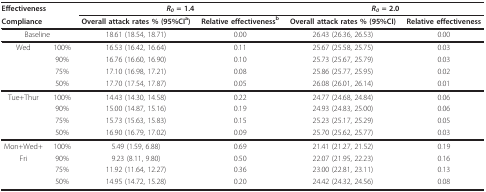
<table><thead><tr><td colspan="2"><b>Effectiveness</b></td><td colspan="2"><b><i>R</i><sub><i>0 </i></sub>= 1.4</b></td><td colspan="2"><b><i>R</i><sub><i>0 </i></sub>= 2.0</b></td></tr><tr><td colspan="2"><b>Compliance</b></td><td><b>Overall attack rates % (95%CI<sup>a</sup>)</b></td><td><b>Relative effectiveness<sup>b</sup></b></td><td><b>Overall attack rates % (95%CI)</b></td><td><b>Relative effectiveness</b></td></tr></thead><tbody><tr><td colspan="2">Baseline</td><td>18.61 (18.54, 18.71)</td><td>0.00</td><td>26.43 (26.36, 26.53)</td><td>0.00</td></tr><tr><td>Wed</td><td>100%</td><td>16.53 (16.42, 16.64)</td><td>0.11</td><td>25.67 (25.58, 25.75)</td><td>0.03</td></tr><tr><td></td><td>90%</td><td>16.76 (16.60, 16.90)</td><td>0.10</td><td>25.73 (25.67, 25.79)</td><td>0.03</td></tr><tr><td></td><td>75%</td><td>17.10 (16.98, 17.21)</td><td>0.08</td><td>25.86 (25.77, 25.95)</td><td>0.02</td></tr><tr><td></td><td>50%</td><td>17.70 (17.54, 17.87)</td><td>0.05</td><td>26.08 (26.01, 26.14)</td><td>0.01</td></tr><tr><td>Tue+Thur</td><td>100%</td><td>14.43 (14.30, 14.58)</td><td>0.22</td><td>24.77 (24.68, 24.84)</td><td>0.06</td></tr><tr><td></td><td>90%</td><td>15.00 (14.87, 15.16)</td><td>0.19</td><td>24.93 (24.83, 25.00)</td><td>0.06</td></tr><tr><td></td><td>75%</td><td>15.73 (15.63, 15.83)</td><td>0.15</td><td>25.23 (25.17, 25.29)</td><td>0.05</td></tr><tr><td></td><td>50%</td><td>16.90 (16.79, 17.02)</td><td>0.09</td><td>25.70 (25.62, 25.77)</td><td>0.03</td></tr><tr><td>Mon+Wed+</td><td>100%</td><td>5.49 (1.59, 6.88)</td><td>0.69</td><td>21.41 (21.27, 21.52)</td><td>0.19</td></tr><tr><td>Fri</td><td>90%</td><td>9.23 (8.11, 9.80)</td><td>0.50</td><td>22.07 (21.95, 22.23)</td><td>0.16</td></tr><tr><td></td><td>75%</td><td>11.92 (11.64, 12.27)</td><td>0.36</td><td>23.00 (22.81, 23.11)</td><td>0.13</td></tr><tr><td></td><td>50%</td><td>14.95 (14.72, 15.28)</td><td>0.20</td><td>24.42 (24.32, 24.56)</td><td>0.08</td></tr></tbody></table>